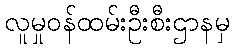
လူမှုဝန်ထမ်းဦးစီးဌာနမှ